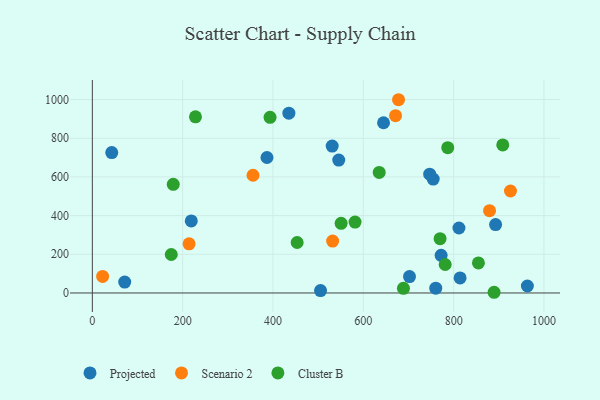
{"axis": {"x": "Experience", "y": "Profit"}, "legend": ["Cluster B", "Projected", "Scenario 2"], "data": [{"x": "754.8", "y": 589.1, "type": "Projected"}, {"x": "747.0", "y": 614.1, "type": "Projected"}, {"x": "43.0", "y": 725.9, "type": "Projected"}, {"x": "219.1", "y": 372.5, "type": "Projected"}, {"x": "505.3", "y": 12.2, "type": "Projected"}, {"x": "702.3", "y": 84.7, "type": "Projected"}, {"x": "435.2", "y": 929.5, "type": "Projected"}, {"x": "814.3", "y": 78.0, "type": "Projected"}, {"x": "892.9", "y": 353.9, "type": "Projected"}, {"x": "963.3", "y": 36.0, "type": "Projected"}, {"x": "772.3", "y": 194.6, "type": "Projected"}, {"x": "531.1", "y": 759.8, "type": "Projected"}, {"x": "545.6", "y": 687.1, "type": "Projected"}, {"x": "71.7", "y": 56.2, "type": "Projected"}, {"x": "386.7", "y": 700.5, "type": "Projected"}, {"x": "811.8", "y": 336.0, "type": "Projected"}, {"x": "760.4", "y": 24.9, "type": "Projected"}, {"x": "644.8", "y": 880.2, "type": "Projected"}, {"x": "532.1", "y": 268.1, "type": "Scenario 2"}, {"x": "879.5", "y": 425.4, "type": "Scenario 2"}, {"x": "671.4", "y": 916.7, "type": "Scenario 2"}, {"x": "355.8", "y": 608.6, "type": "Scenario 2"}, {"x": "925.9", "y": 527.3, "type": "Scenario 2"}, {"x": "678.0", "y": 999.2, "type": "Scenario 2"}, {"x": "22.8", "y": 85.3, "type": "Scenario 2"}, {"x": "214.2", "y": 254.3, "type": "Scenario 2"}, {"x": "179.2", "y": 562.0, "type": "Cluster B"}, {"x": "781.3", "y": 147.1, "type": "Cluster B"}, {"x": "228.4", "y": 910.9, "type": "Cluster B"}, {"x": "908.8", "y": 765.3, "type": "Cluster B"}, {"x": "787.0", "y": 751.2, "type": "Cluster B"}, {"x": "635.2", "y": 623.1, "type": "Cluster B"}, {"x": "688.9", "y": 23.9, "type": "Cluster B"}, {"x": "889.6", "y": 3.6, "type": "Cluster B"}, {"x": "854.9", "y": 155.5, "type": "Cluster B"}, {"x": "174.8", "y": 198.8, "type": "Cluster B"}, {"x": "393.5", "y": 908.0, "type": "Cluster B"}, {"x": "581.7", "y": 366.4, "type": "Cluster B"}, {"x": "453.5", "y": 261.0, "type": "Cluster B"}, {"x": "550.9", "y": 359.9, "type": "Cluster B"}, {"x": "770.0", "y": 281.0, "type": "Cluster B"}]}